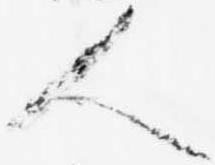
人